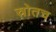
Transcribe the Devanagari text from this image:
स्रोतच